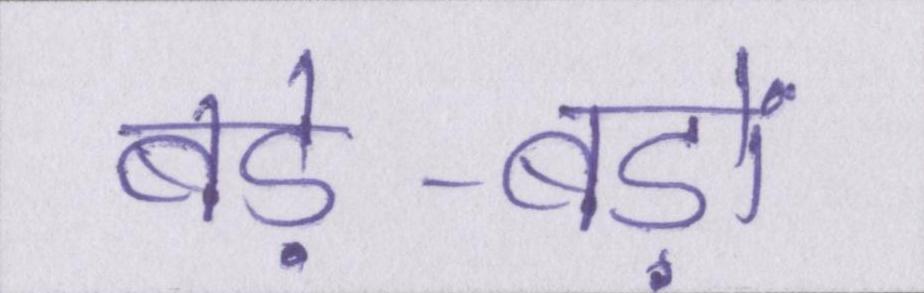
बड़े-बड़ों